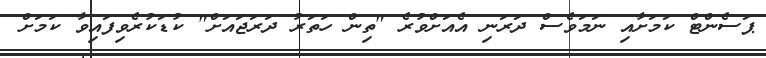
ޕަސެންޓް ކަމަށާއި ނަމަވެސް ދަރަނި އެއަށްވުރެ "ތިން ހަތަރު ދަރަޖައަށް" ކުޑަކުރެވިފައިވާ ކަމަށް